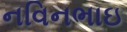
નવિનભાઇ